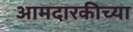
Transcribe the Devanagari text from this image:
आमदारकीच्या